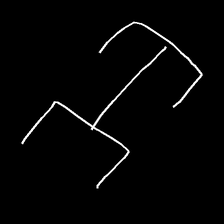
Glyph: entwine